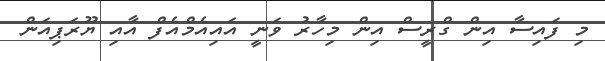
މި ފައިސާ އިން ގްރީސް އިން މިހާރު ވަނީ އައިއެމްއެފް އާއި ޔޫރަޕިއަން